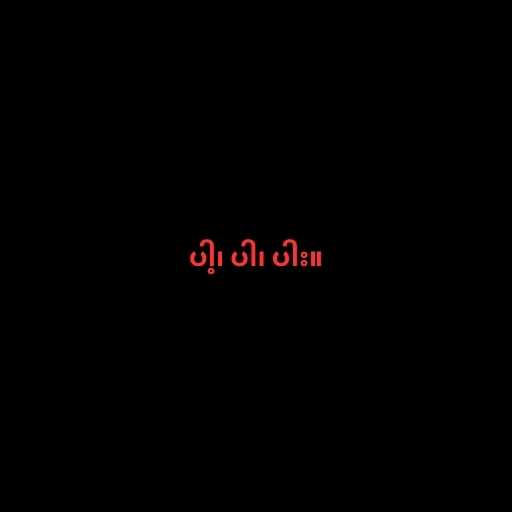
ပါ့၊ ပါ၊ ပါး။